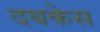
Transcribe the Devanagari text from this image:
दबकेस